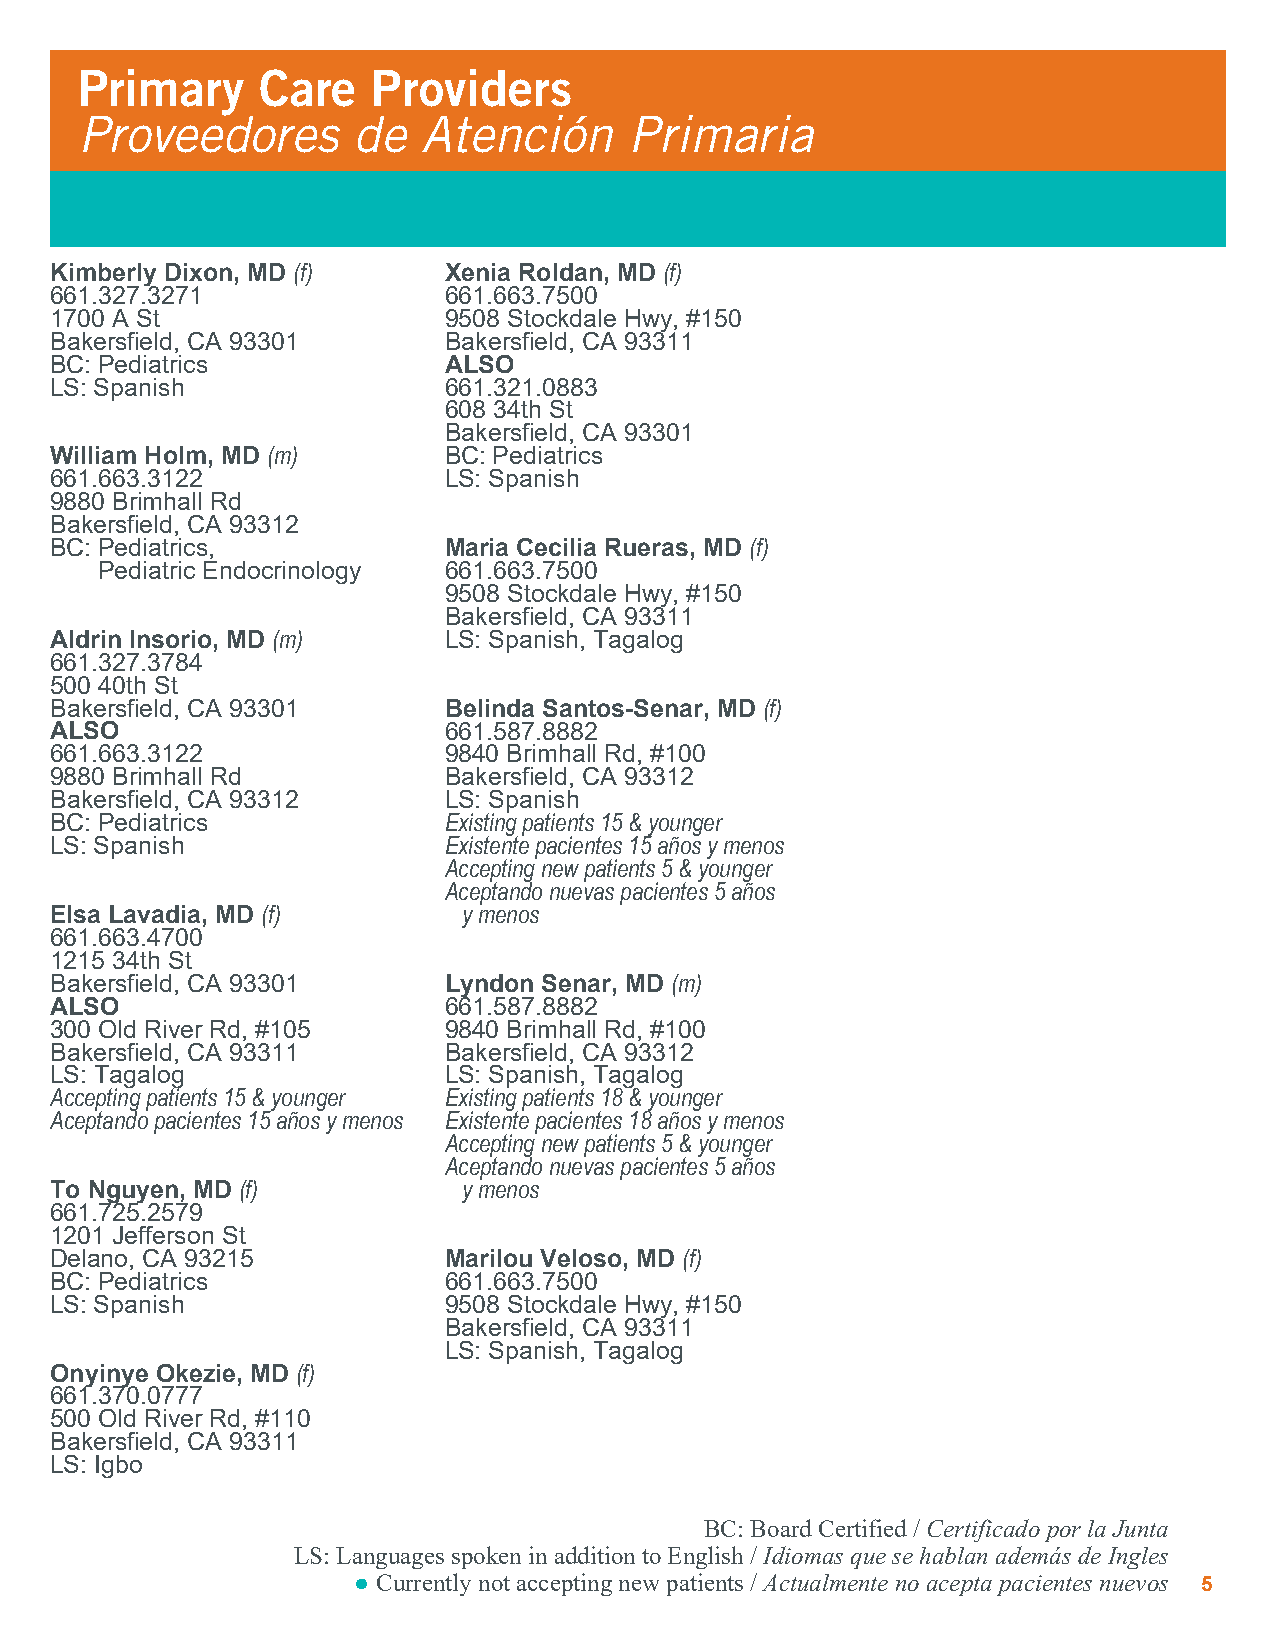
Primary     Care    Providers
 Proveedores       de   Atención      Primaria
 Kimberly Dixon, MD (f)    Xenia Roldan, MD (f)
 661.327.3271              661.663.7500
 1700 A St                 9508 Stockdale Hwy, #150
 Bakersfield, CA 93301     Bakersfield, CA 93311
 BC: Pediatrics            ALSO
 LS: Spanish               661.321.0883
 608 34th St
 Bakersfield, CA 93301
 William Holm, MD (m)      BC: Pediatrics
 661.663.3122              LS: Spanish
 9880 Brimhall Rd
 Bakersfield, CA 93312
 BC: Pediatrics,           Maria Cecilia Rueras, MD (f)
 Pediatric Endocrinology 661.663.7500
 9508 Stockdale Hwy, #150
 Bakersfield, CA 93311
 Aldrin Insorio, MD (m)    LS: Spanish, Tagalog
 661.327.3784
 500 40th St
 Bakersfield, CA 93301     Belinda Santos-Senar, MD (f)
 ALSO                      661.587.8882
 661.663.3122              9840 Brimhall Rd, #100
 9880 Brimhall Rd          Bakersfield, CA 93312
 Bakersfield, CA 93312     LS: Spanish
 BC: Pediatrics            Existing patients 15 & younger
 LS: Spanish               Existente pacientes 15 años y menos
 Accepting new patients 5 & younger
 Aceptando nuevas pacientes 5 años
 Elsa Lavadia, MD (f)        y menos
 661.663.4700
 1215 34th St
 Bakersfield, CA 93301     Lyndon Senar, MD (m)
 ALSO                      661.587.8882
 300 Old River Rd, #105    9840 Brimhall Rd, #100
 Bakersfield, CA 93311     Bakersfield, CA 93312
 LS: Tagalog               LS: Spanish, Tagalog
 Accepting patients 15 & younger Existing patients 18 & younger
 Aceptando pacientes 15 años y menos Existente pacientes 18 años y menos
 Accepting new patients 5 & younger
 Aceptando nuevas pacientes 5 años
 To Nguyen, MD (f)           y menos
 661.725.2579
 1201 Jefferson St
 Delano, CA 93215          Marilou Veloso, MD (f)
 BC: Pediatrics            661.663.7500
 LS: Spanish               9508 Stockdale Hwy, #150
 Bakersfield, CA 93311
 LS: Spanish, Tagalog
 Onyinye Okezie, MD (f)
 661.370.0777
 500 Old River Rd, #110
 Bakersfield, CA 93311
 LS: Igbo
 BC: Board Certified / Certificado por la Junta
 LS: Languages spoken in addition to English / Idiomas que se hablan además de Ingles
 ● Currently not accepting new patients / Actualmente no acepta pacientes nuevos 5